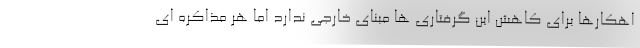
اهکارها برای کاهش این گرفتاری ها مبنای خارجی ندارد اما هر مذاکره ای